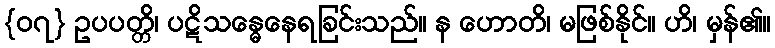
{၀၇} ဥပပတ္တိ၊ ပဋိသန္ဓေနေရခြင်းသည်။ န ဟောတိ၊ မဖြစ်နိုင်။ ဟိ၊ မှန်၏။